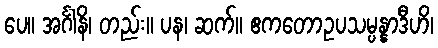
ပေ။ အင်္ဂါနိ၊ တည်း။ ပန၊ ဆက်။ ဧကတောဥပသမ္ပန္နာဒီဟိ၊